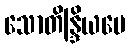
သောတိန္ဒြိယပေ